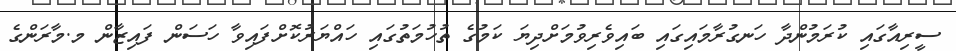
ސީރިއާގައި ކުރަމުންދާ ހަނގުރާމައިގައި ބައިވެރިވުމަށްދިޔަ ކަމުގެ ތުހުމަތުގައި ހައްޔަރުކޮށްފައިވާ ހަސަން ފައިޒާން މ.މާރަންގެ